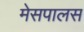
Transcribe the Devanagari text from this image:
मेसपालस